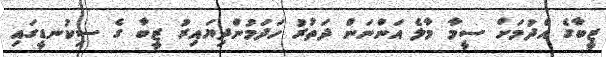
ޒީބާގެ އެދުމަށް ސީމާ މާލެ އަންނަން ދަތުރު ހަދަމުންދިޔައިރު ޒީބާ ގެ ސިކުނޑީގައި